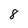
Character: 8